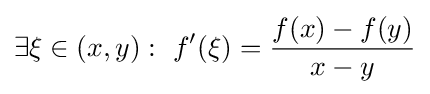
\exists \xi \in (x,y):\ f'(\xi )={\frac {f(x)-f(y)}{x-y}}